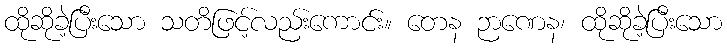
ထိုဆိုခဲ့ပြီးသော သတိဖြင့်လည်းကောင်း။ တေန ဉာဏေန၊ ထိုဆိုခဲ့ပြီးသော